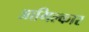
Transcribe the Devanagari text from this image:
आमिल्कार